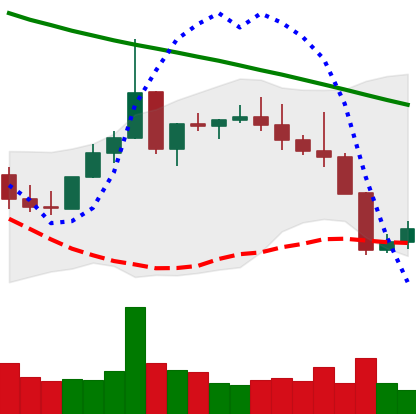
Ticker: XLM-USD
Chart end date: 2022-08-21
Forward return: -6.568%
Label: down_5_7